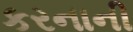
કરનાની